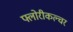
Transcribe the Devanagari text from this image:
फ्लोरीकल्चर